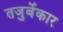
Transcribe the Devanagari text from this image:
तजुर्बेकार